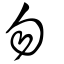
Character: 勿